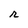
Character: r